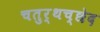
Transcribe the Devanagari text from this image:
चतुर्थच्छेद